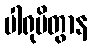
ပါရုပိတွာန